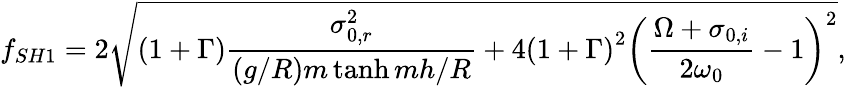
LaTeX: f_{SH1}=2\sqrt{\left(1+\Gamma\right)\frac{\sigma_{0,r}^{2}}{\left(g/R\right)m\operatorname{tanh}{mh/R}}+4\left(1+\Gamma\right)^{2}\left(\frac{\Omega+\sigma_{0,i}}{2\omega_{0}}-1\right)^{2}},